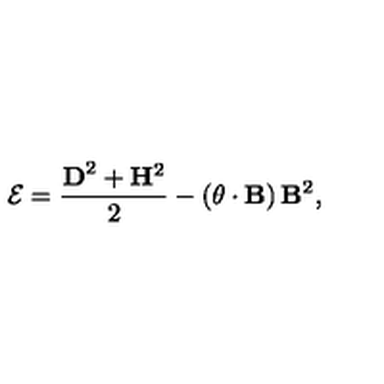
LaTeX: { \cal E } = \frac { { \bf D } ^ { 2 } + { \bf H } ^ { 2 } } { 2 } - \left( { \bf \theta } \cdot { \bf B } \right) { \bf B } ^ { 2 } ,